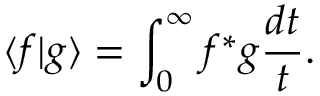
\langle f \vert g \rangle = \int _ { 0 } ^ { \infty } f ^ { * } g \frac { d t } { t } .